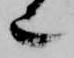
也